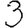
Digit: 3